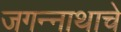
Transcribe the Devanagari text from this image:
जगन्‍नाथाचे